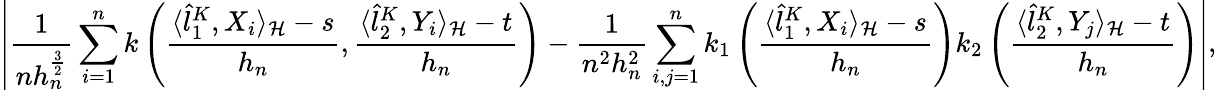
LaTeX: \left|\frac{1}{nh_{n}^{\frac{3}{2}}}\sum_{i=1}^{n}k\left(\frac{\langle\hat{l}_{1}^{K},X_{i}\rangle_{\cal{H}}-s}{h_{n}},\frac{\langle\hat{l}_{2}^{K},Y_{i}\rangle_{\cal{H}}-t}{h_{n}}\right)-\frac{1}{n^{2}h_{n}^{2}}\sum_{i,j=1}^{n}k_{1}\left(\frac{\langle\hat{l}_{1}^{K},X_{i}\rangle_{\cal{H}}-s}{h_{n}}\right)k_{2}\left(\frac{\langle\hat{l}_{2}^{K},Y_{j}\rangle_{\cal{H}}-t}{h_{n}}\right)\right|,